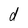
Character: d